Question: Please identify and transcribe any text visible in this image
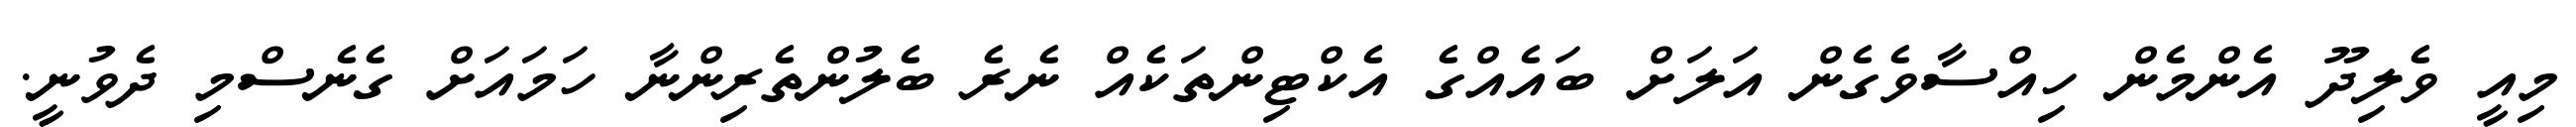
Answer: މިއީ ވެލިދޫ އެންމެން ހިއްސާވެގެން އަލަށް ބައެއްގެ އެކްޓިންތަކެއް ނެރެ ބެލުންތެރިންނާ ހަމައަށް ގެނެސްމި ދެވުނީ.